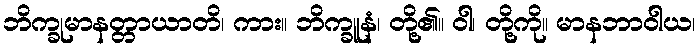
ဘိက္ခုမာနတ္တာယာတိ၊ ကား။ ဘိက္ခူနံ၊ တို့၏။ ဝါ၊ တို့ကို။ မာနဘာဝါယ၊